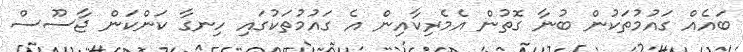
ބައެއް ގައުމުތަކުން ބުނާ ގޮތުން އެމެރިކާއިން އެ ގައުމުތަކުގައި ހިނގާ ކަންކަން ޖާސޫސް